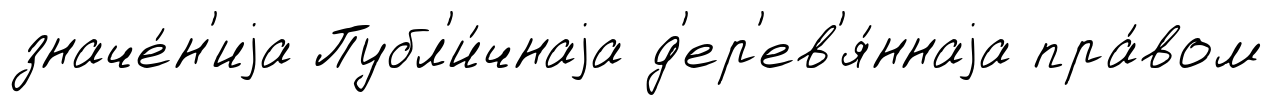
значе́н'иjа Публ'и́чнаjа д'ер'ев'я́ннаjа пра́вом